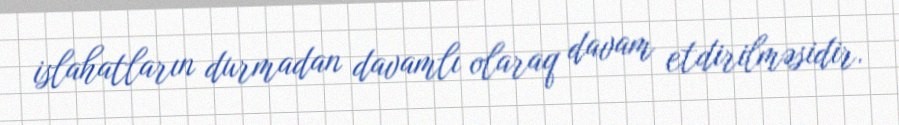
islahatların durmadan davamlı olaraq davam etdirilməsidir.